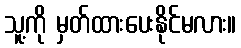
သူ့ကို မှတ်ထားပေးနိုင်မလား။